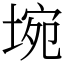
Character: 埦